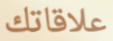
علاقاتك